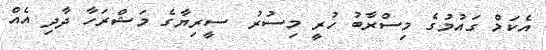
އެކަމް ގައުމުގެ މިސްރާބު ހުރީ މިސުރު  ސީރިޔާގެ މަޝްރަހާ ދާދި އެއް